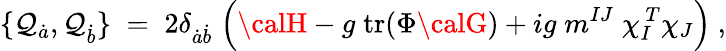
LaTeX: \{ \mathcal{Q}_{\dot{{a}}},\mathcal{Q}_{\dot{{b}}}\} \; =\; 2\delta_{{\dot{{a}}}{\dot{{b}}}}\; \Bigl({\calH}-{g}\; \mathrm{{tr}}(\Phi{\calG})+ig\; m^{IJ}\; \chi_{I}^{\ T}\chi_{J}\Bigr)\ ,